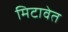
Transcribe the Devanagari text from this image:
मिटावेत